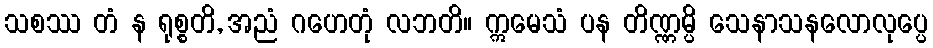
သစဿ တံ န ရုစ္စတိ, အညံ ဂဟေတုံ လဘတိ။ ဣမေသံ ပန တိဏ္ဏမ္ပိ သေနာသနလောလုပ္ပေ